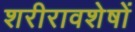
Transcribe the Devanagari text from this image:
शरीरावशेषों